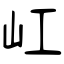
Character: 屸